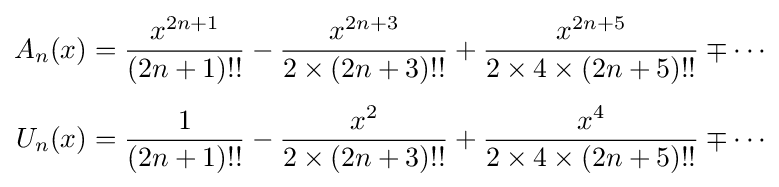
{\begin{aligned}A_{n}(x)&={\frac {x^{2n+1}}{(2n+1)!!}}-{\frac {x^{2n+3}}{2\times (2n+3)!!}}+{\frac {x^{2n+5}}{2\times 4\times (2n+5)!!}}\mp \cdots \\[4pt]U_{n}(x)&={\frac {1}{(2n+1)!!}}-{\frac {x^{2}}{2\times (2n+3)!!}}+{\frac {x^{4}}{2\times 4\times (2n+5)!!}}\mp \cdots \end{aligned}}